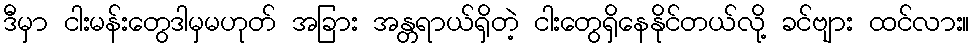
ဒီမှာ ငါးမန်းတွေဒါမှမဟုတ် အခြား အန္တရာယ်ရှိတဲ့ ငါးတွေရှိနေနိုင်တယ်လို့ ခင်ဗျား ထင်လား။